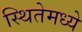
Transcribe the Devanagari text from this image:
स्थितेमध्ये